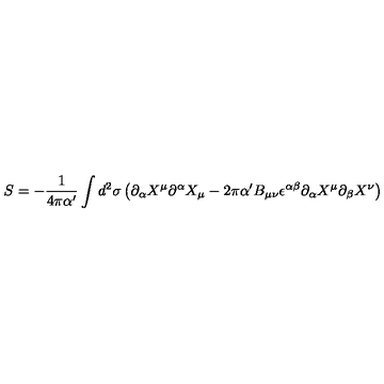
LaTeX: S = - \frac { 1 } { 4 \pi \alpha ^ { \prime } } \int d ^ { 2 } { \sigma } \left( \partial _ { \alpha } X ^ { \mu } \partial ^ { \alpha } X _ { \mu } - 2 \pi \alpha ^ { \prime } B _ { \mu \nu } \epsilon ^ { \alpha \beta } \partial _ { \alpha } X ^ { \mu } \partial _ { \beta } X ^ { \nu } \right)